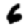
Digit: 6